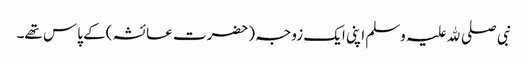
نبی صلی ﷲ علیہ وسلم اپنی ایک زوجہ (حضرت عائشہ )کے پاس تھے۔